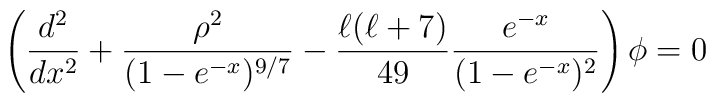
\left({d^2 \over dx^2} + {\rho^2 \over (1 - e^{-x})^{9/7}}- {\ell(\ell+7) \over 49} {e^{-x} \over (1 - e^{-x})^2}\right)\phi = 0